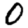
Digit: 0